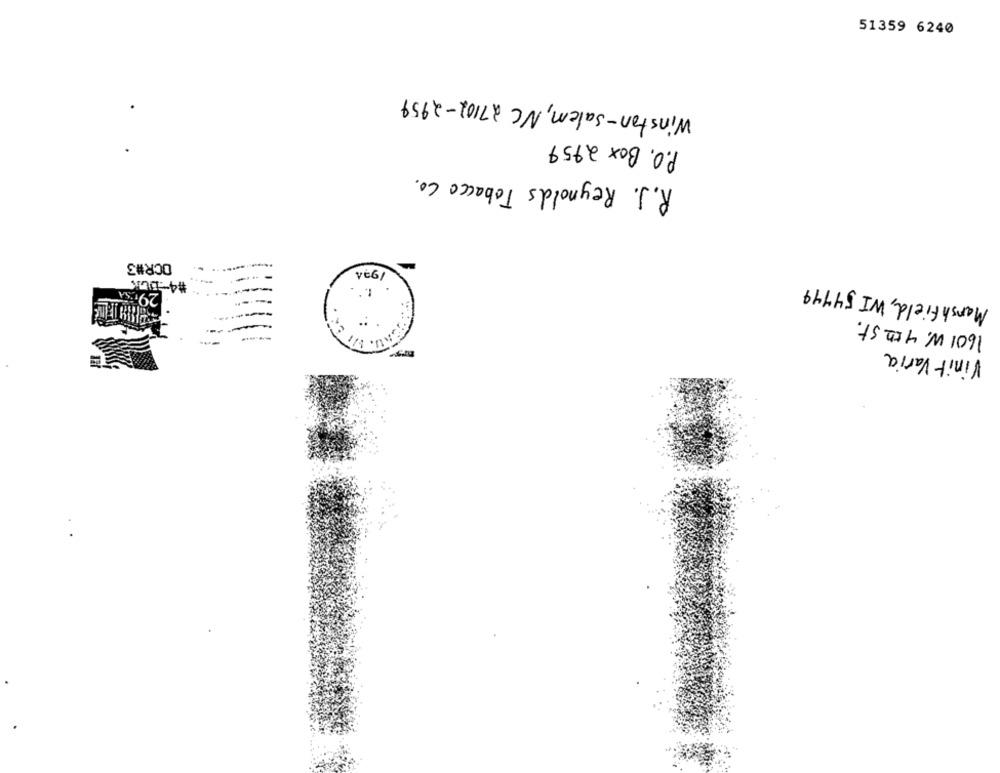
51359 6240
Winston-Salem, NC 27102-2959
P.O. Box 2959
R.J. Reynolds Tobacco Co.
OCR#3
#4-OCK
vé6/
Marshfield, WI 54749
1601 W. 4th St.
Vinit Varia